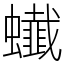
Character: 䘂